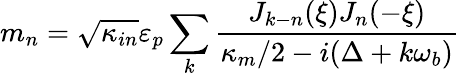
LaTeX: m_{n}=\sqrt{\kappa_{in}}\varepsilon_{p}\sum_{k}\frac{J_{k-n}(\xi)J_{n}(-\xi)}{\kappa_{m}/2-i(\Delta+k\omega_{b})}